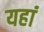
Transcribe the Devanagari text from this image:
यहांं